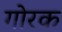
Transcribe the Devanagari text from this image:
गोरक